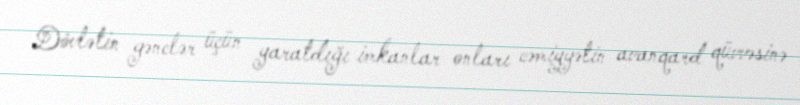
Dövlətin gənclər üçün yaratdığı imkanlar onları cəmiyyətin avanqard qüvvəsinə